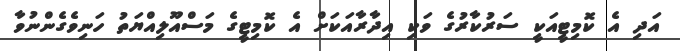
އަދި އެ ކޮމިޓީއަކީ ސަރުކާރުގެ ވަކި އިދާރާއަކަށް އެ ކޮމިޓީގެ މަސްއޫލިއްޔަތު ހަނިވެގެންނުވާ